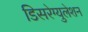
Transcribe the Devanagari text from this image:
डिसरेग्युलेशन